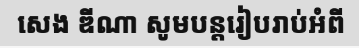
សេង ឌីណា សូមបន្តរៀបរាប់អំពី